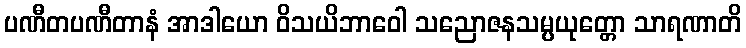
ပဏီတပဏီတာနံ အာဒါယော ဝိသယိဘာဝေါ သညောဇနသမ္ပယုတ္တော သာရဏာတိ